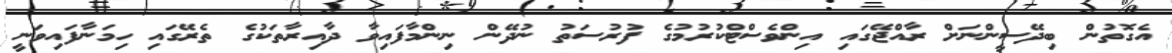
އެގޮތުން ބިދޭސީންނަށް ރާއްޖޭގައި އިންވެސްޓްކުރުމުގެ ފުރުސަތު ނުދޭން ނިންމާފައިވާ ދާއިރާތަކުގެ ތެރޭގައި ހިމަނާފައިވަނީ